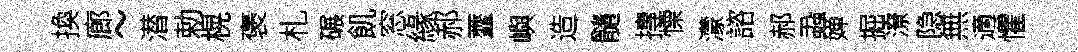
換廊~潜勅榥褒札碾飢窓緣郝虀嶼造髓摶慄濛諮郝蝨婵掘潦隐無適懼